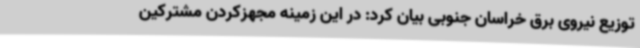
توزیع نیروی برق خراسان جنوبی بیان کرد: در این زمینه مجهزکردن مشترکین